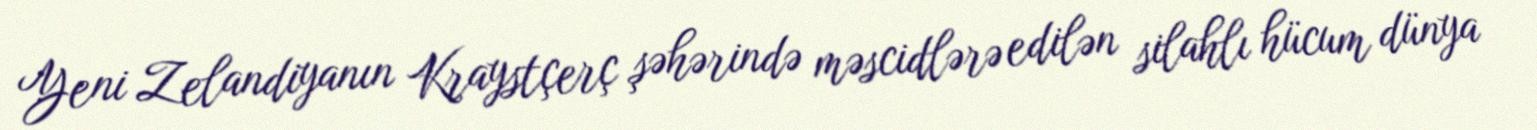
Yeni Zelandiyanın Kraystçerç şəhərində məscidlərə edilən silahlı hücum dünya